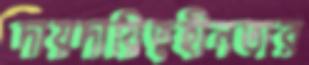
দায়দায়িত্বহীনতার